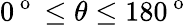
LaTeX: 0^{\mathrm{~o~}}\leq\theta\leq 180^{\mathrm{~o~}}